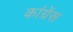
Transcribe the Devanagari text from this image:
कांग्रेंस